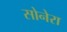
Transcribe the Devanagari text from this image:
सोनेरा